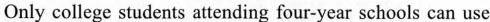
Only college students attending four-year schools can use